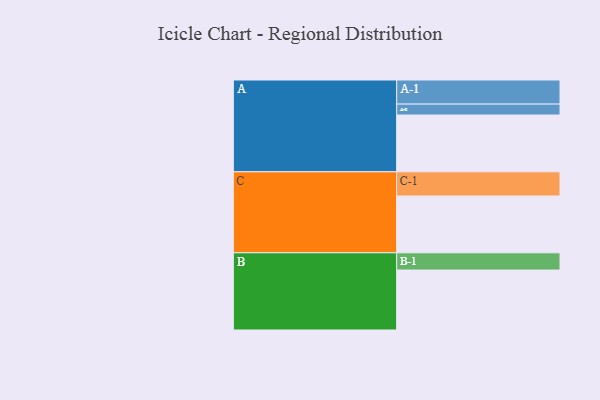
{"axis": {"x": "Segment", "y": "Value"}, "legend": ["", "A", "B", "C"], "data": [{"x": "A", "y": 556, "type": ""}, {"x": "B", "y": 587, "type": ""}, {"x": "C", "y": 556, "type": ""}, {"x": "A-1", "y": 236, "type": "A"}, {"x": "A-2", "y": 107, "type": "A"}, {"x": "B-1", "y": 169, "type": "B"}, {"x": "C-1", "y": 237, "type": "C"}]}